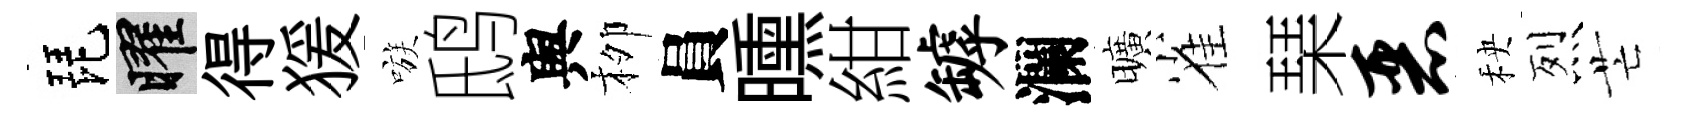
琵曜得猨嗾鸱舆栁員曛紺罅瀾曠雀琹恶秧烈芒